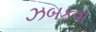
ઝબકવા